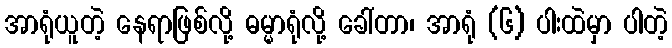
အာရုံယူတဲ့ နေရာဖြစ်လို့ ဓမ္မာရုံလို့ ခေါ်တာ၊ အာရုံ (၆) ပါးထဲမှာ ပါတဲ့